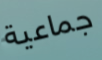
جماعية